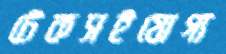
টেকসইযোগ্য